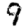
Digit: 9